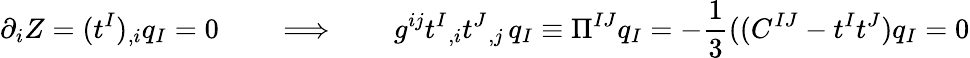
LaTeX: \partial_{i}Z=(t^{I})_{,i}q_{I}=0\qquad\Longrightarrow\qquad g^{ij}t^{I}{}_{,i}t^{J}{}_{,j}\, q_{I}\equiv\Pi^{IJ}q_{I}=-{\frac{1}{3}}((C^{IJ}-t^{I}t^{J})q_{I}=0